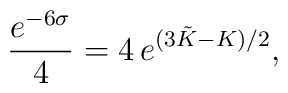
\frac{e^{-6 \sigma}}{4} = 4 \, e^{( 3 \tilde K-K)/2},